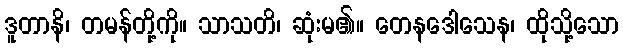
ဒူတာနိ၊ တမန်တို့ကို။ သာသတိ၊ ဆုံးမ၏။ တေနဒေါသေန၊ ထိုသို့သော